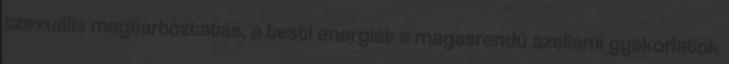
szexuális megtartóztatás, a testi energiát a magasrendű szellemi gyakorlatok